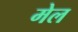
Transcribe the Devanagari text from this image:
मेल